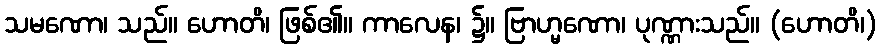
သမဏော၊ သည်။ ဟောတိ၊ ဖြစ်၏။ ကာလေန၊ ၌။ ဗြာဟ္မဏော၊ ပုဏ္ဏားသည်။ (ဟောတိ၊)